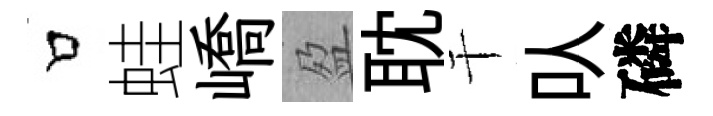
口蛙嶠盈耽干㕥磷